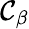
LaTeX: \mathcal{C}_{\beta}